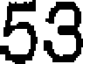
53